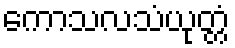
ကောသလသံယုတ္တံ